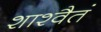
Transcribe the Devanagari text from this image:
शाश्वैतं